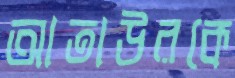
আতাউরকে